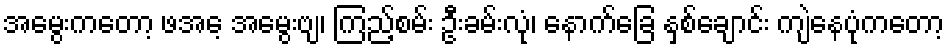
အမွေးကတော့ ဖအေ့ အမွေးဗျ၊ ကြည့်စမ်း ဦးခမ်းလုံ၊ နောက်ခြေ နှစ်ချောင်း ကျဲနေပုံကတော့